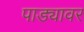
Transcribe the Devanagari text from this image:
पाड्यावर